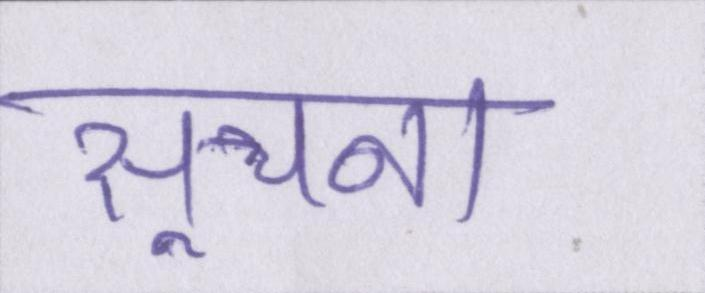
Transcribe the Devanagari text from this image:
सूचना